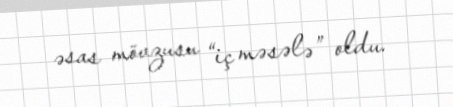
əsas mövzusu “iç məsələ” oldu.